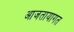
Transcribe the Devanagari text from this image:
आजतायागत